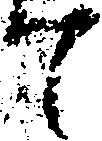
て